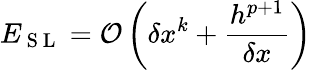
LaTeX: E_{\mathrm{~S~L~}}=\mathcal{O}\left(\delta x^{k}+\frac{h^{p+1}}{\delta x}\right)